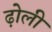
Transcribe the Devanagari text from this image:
ढ़ोली